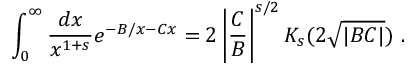
\int _ { 0 } ^ { \infty } \frac { d x } { x ^ { 1 + s } } e ^ { - B / x - C x } = 2 \left| \frac { C } { B } \right| ^ { s / 2 } K _ { s } ( 2 \sqrt { | B C | } ) \ .